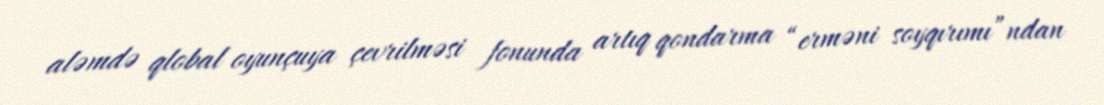
aləmdə qlobal oyunçuya çevrilməsi fonunda artıq qondarma “erməni soyqırımı”ndan